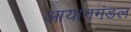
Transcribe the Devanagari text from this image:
आयानमंडल